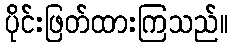
ပိုင်းဖြတ်ထားကြသည်။